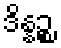
ဒိန္နဉ္စ